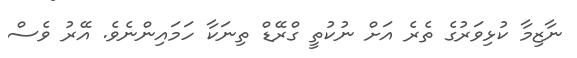
ނާޒިމާ ކުޅިވަރުގެ ތެރެ އަށް ނުކުތީ ގްރޭޑް ތިނަކާ ހަމައިންނެވެ. އޭރު ވެސް